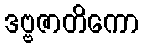
ဒဗ္ဗဇာတိကော